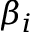
\beta _ { i }